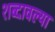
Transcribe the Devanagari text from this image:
शब्दावल्या